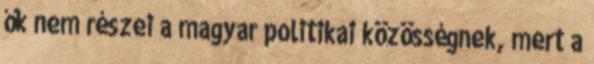
ők nem részei a magyar politikai közösségnek, mert a